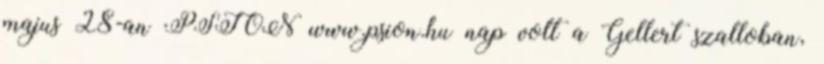
majus 28-an PSION www.psion.hu nap volt a Gellert szalloban,